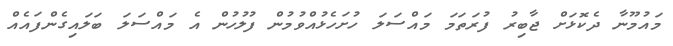
މައުމޫނާ ދެކޮޅަށް ޖާބިރު ފުރަތަމަ މައްސަލަ ހުށަހެޅުއްވުމުން ފުލުހުން އެ މައްސަލަ ބަލައިގެންފައެއް